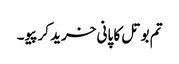
تم بوتل کا پانی خرید کر پیو۔